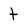
Character: t